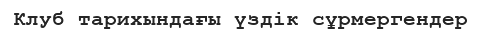
Клуб тарихындағы үздік сұрмергендер